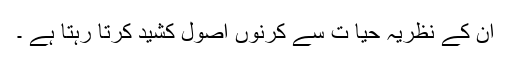
اِن کے نظریہ حیا ت سے کرنوں اصول کشید کرتا رہتا ہے ۔